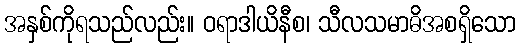
အနှစ်ကိုရသည်လည်း။ ဝရာဒါယိနီစ၊ သီလသမာဓိအစရှိသော